King Institute of Preventive Medicine Micro-Biological Section reports 1909-11
Year: 1909
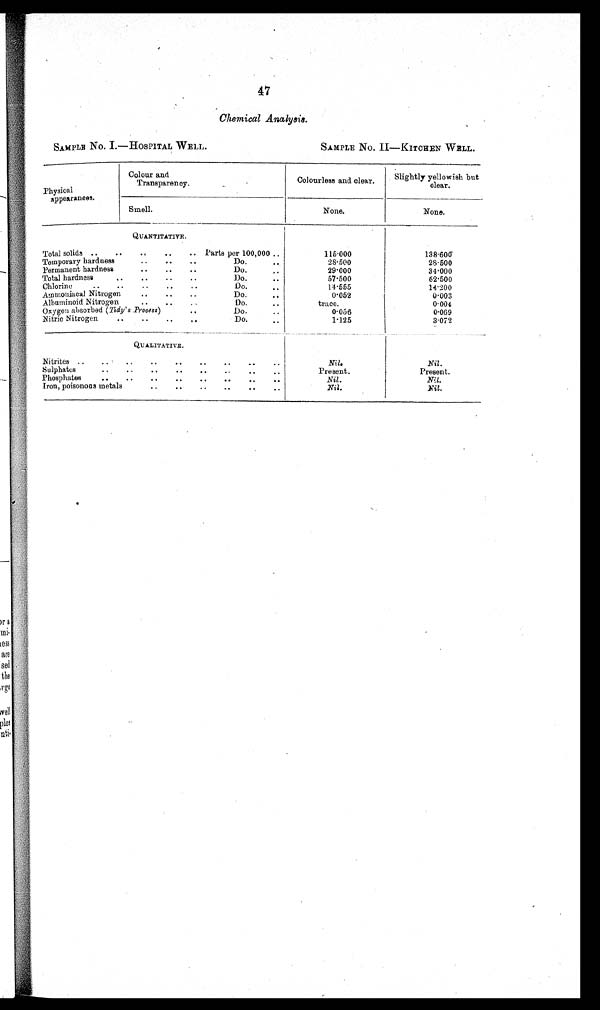
47
Chemical Analysis.
SAMPLB No. I-—HOSPITAL WELL.
SAMPLE No. II— KITCHEN WELL.
Colour and
l
C
Slightly yellowish but
Colourless and clear-
Transparency.
clear-
Physical
appearances.
Smell.
None-
None-
QUANTITATIVE.
Total solids -.
..
.,
.-
.. Parts per 100,000 -.
Temporary hardness
..
..
-.
Do. •
Permanent hardness
.-
.-
Do-. •
Total hardness
•
..
• •
-.
Do-
..
Chlorine
..
..
..
..
-.
Do-.-
Ammoniac Nitrogen
• •
• •
• •
Do.
..
Albuminoid Nitrogen
. •
• •
Do.
• •
Oxygen absorbed (Tidy's Process)
.
Do.
Nitric Nitrogen
.-
.-
.-
..
Do.- .-
1 1 5 . 0 0 0 28.500
29.000
57-500
14.555
0.052
trace.
0.056
138.600
28.500
34-000
62.500
14.200
0 . 0 0 3
0.004
0 . 0 6 9
3.072
QUALITATIVE.
Nitrites..
..
--
.-
• •
..
Nil.
Nail.
..
..
Sulphates
• •
• •
• •
• •
• •
-.
Present.
1
Present.
Phosphates
..
.-
.-
.-
• .
..
--
• •
.Nil.
Iron, poisonous metals
• •
• •
• •
-.
Nil.
Nit.